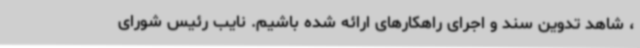
، شاهد تدوین سند و اجرای راهکارهای ارائه شده باشیم.‌ نایب رئیس شورای